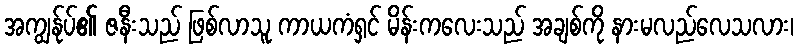
အကျွန်ုပ်၏ ဇနီးသည် ဖြစ်လာသူ ကာယကံရှင် မိန်းကလေးသည် အချစ်ကို နားမလည်လေသလား၊